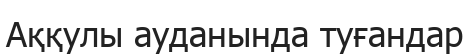
Аққулы ауданында туғандар